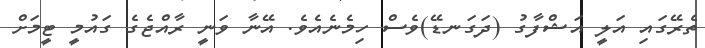
ތެރޭގައި އަލީ އަޝްފާގު (ދަގަނޑޭ)ވެސް ހިމެނެއެވެ. އޭނާ ވަނީ ރާއްޖެގެ ގައުމީ ޓީމަށް